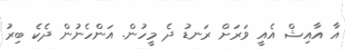
އާ އާއިޝް އެއީ ވަރަށް ރަނޑު ދެ މީހުން. އަންހެނުން ދެކެ ބިރު